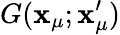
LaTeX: G(\mathbf{x}_{\mu};\mathbf{x}_{\mu}^{\prime})